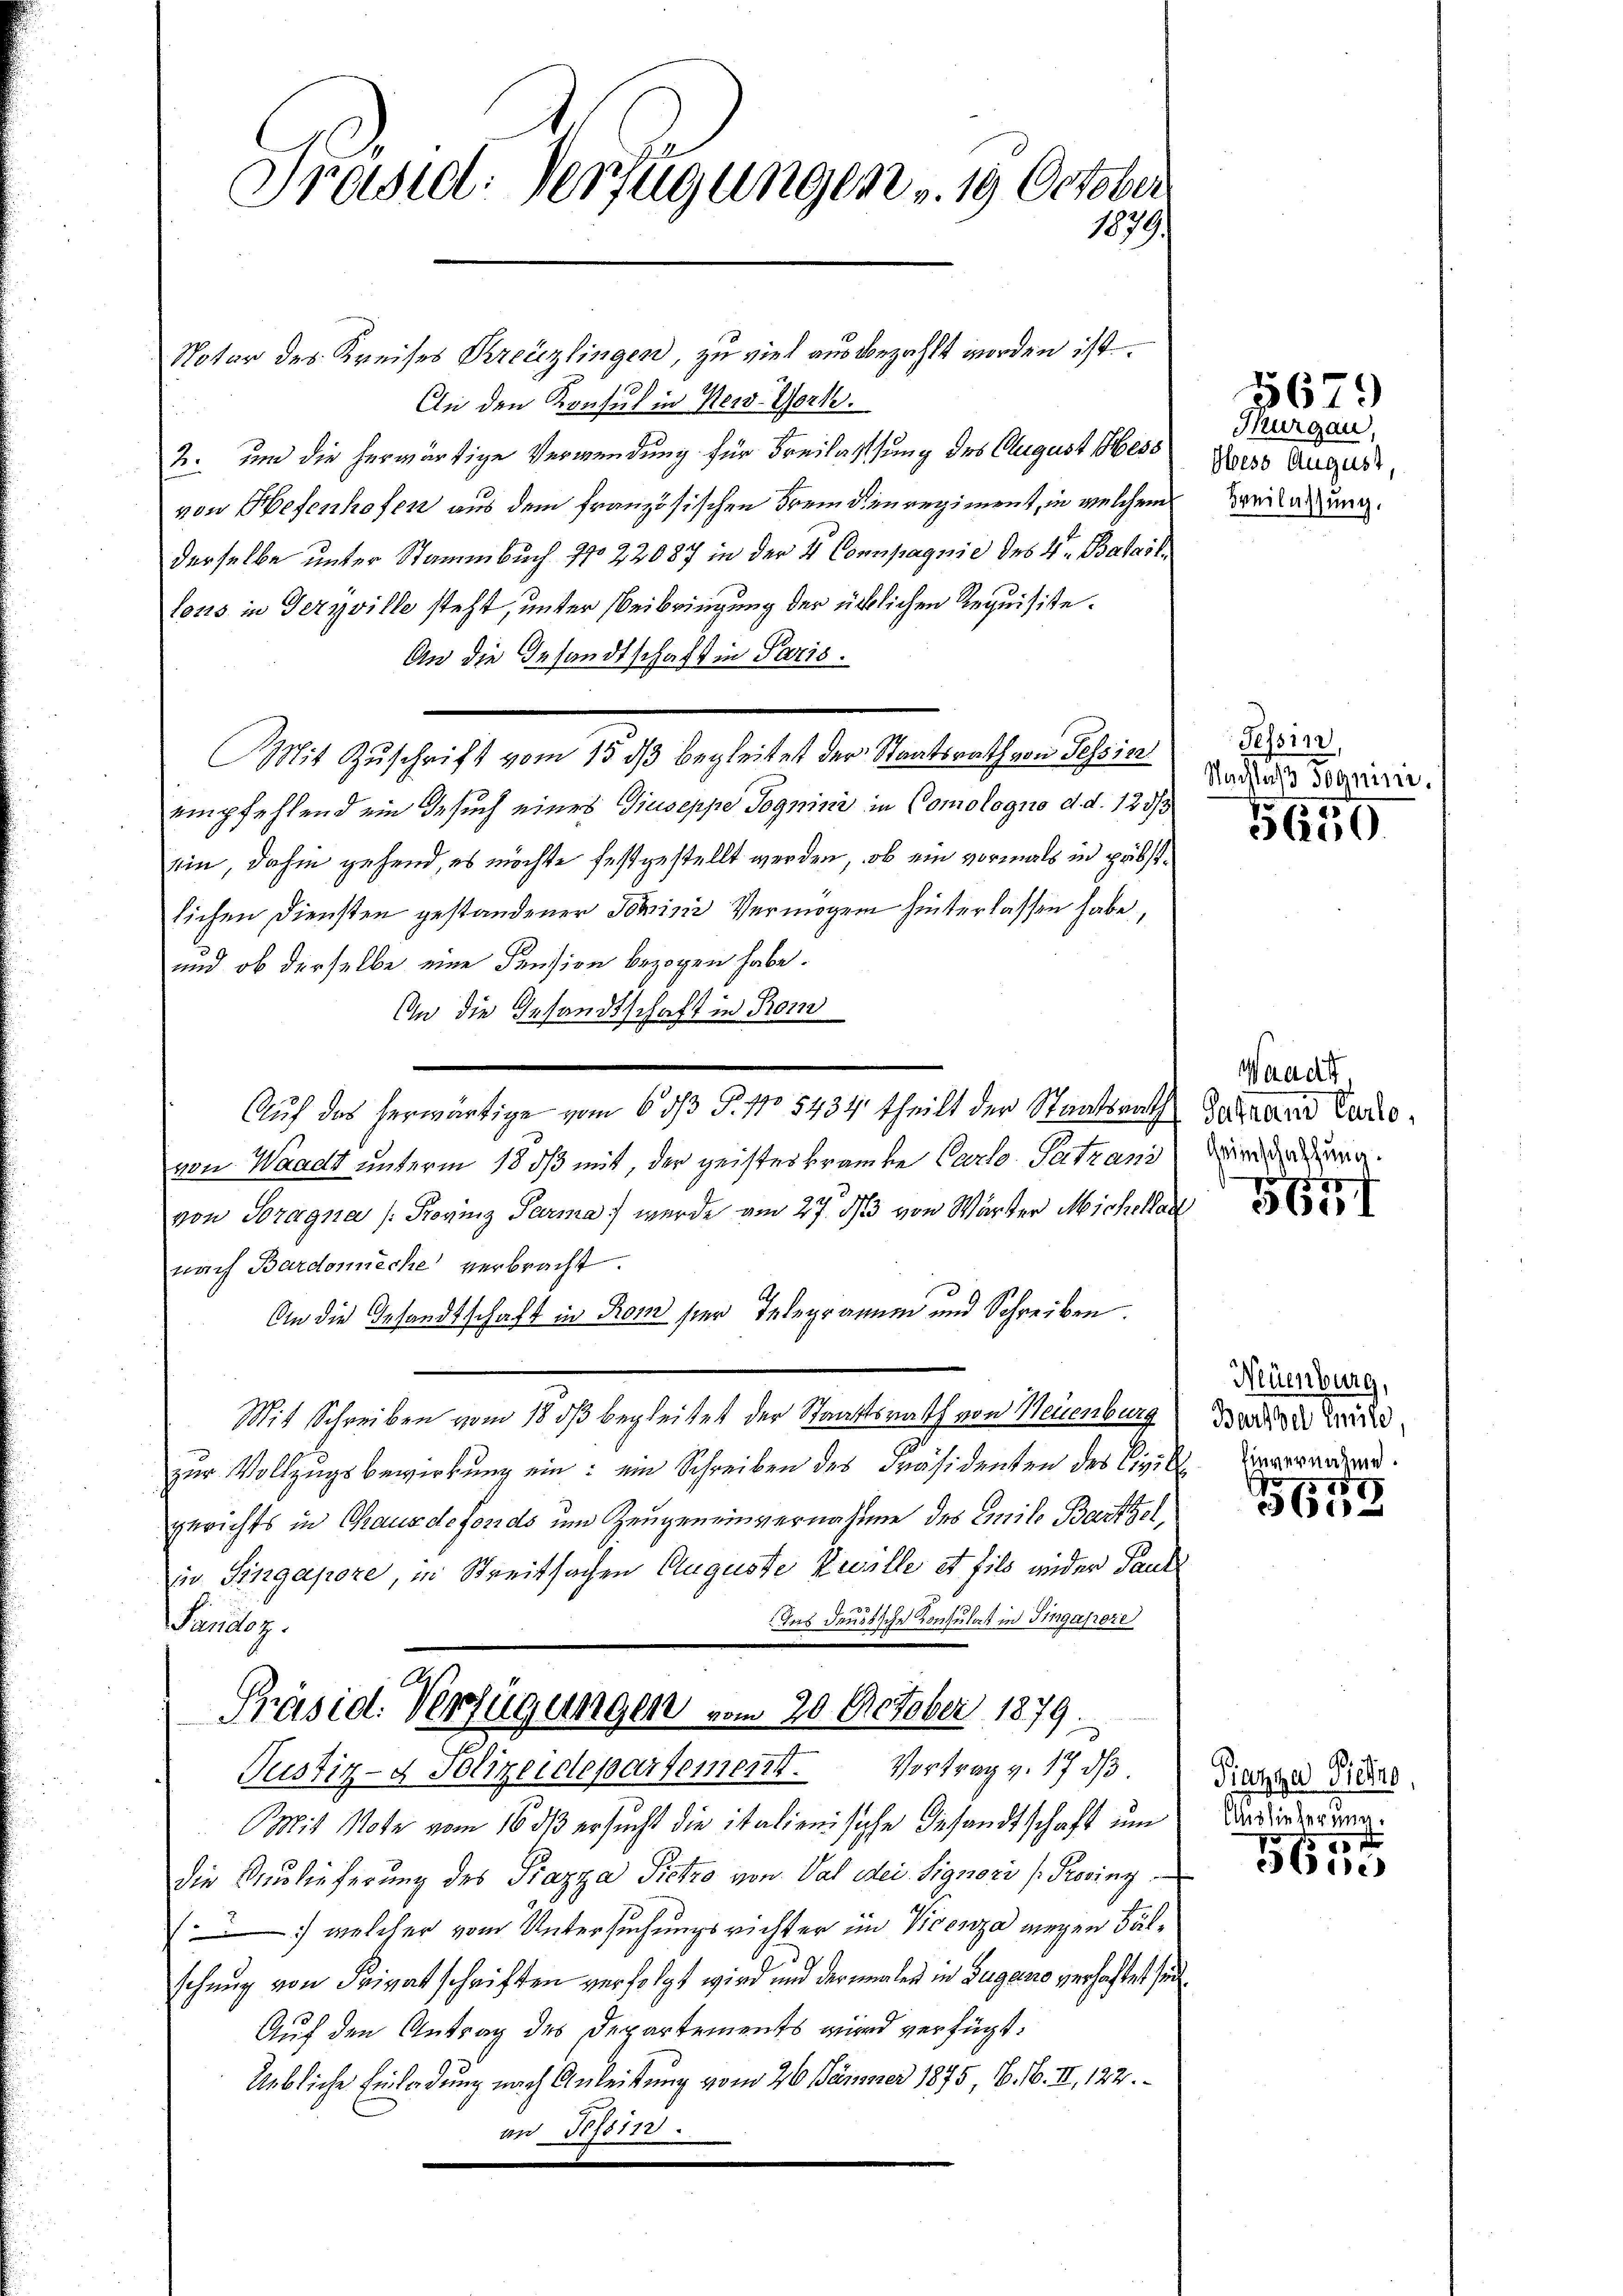
Notar des Kreises Kreuzlingen, zu viel aus bezahlt worden ist.
An den Konsul in Ness. Worte.
2. um die herwärtige Verwendung für Freilassung des August Mess
von Hefenhofen aus dem französischen Fremden regiment, in welchem
derselbe unter Stammbuch No 22087 in der 4 Compagnie des 4. Bataillons in Terzville steht, unter Beibringung der üblichen Requisite.
An die Gesandtschaft in Paris.
empfehlend ein Gesuch eines Giuseppe Sognini in Comologno d. d. 123/3
ein, dahin gehend, es möchte festgestellt werden, ob ein vormals in päbst.
lichen Diensten gestandener Tomini Vermögen hinterlassen habe,
und ob derselbe eine Pension bezogen habe.
An die Gesandtschaft in Rom
Auf das herwärtige vom 6. ds P. No 5434 theilt der Staatsrath
von Waadt unterm 18. dβ mit, der geisteskranke Carlo Patzani
von Soragna (Provinz Parma) werde am 27. 3/3 von Wärter Michellar
nach Bardonnecke verbracht.
An die Gesandtschaft in Rom hier Telegramm und Schreiben.
Mit Schreiben vom 18. dβ begleitet der Staatsrath von Neuenburg
zur Vollzugsbewirkung ein: ein Schreiben des Präsidenten des Civil
gerichts in Chausdefonds um Zeugeneinvernahme des Emile Bartolin Singapoze, in Streitsachen Auguste Zwille et fils wider Paur
Aus deusische Konsulat in Ingaproze
roz.
Präsid. Verfügungen vom 20. October 1879.
Pustiz- & Polizeidepartement. Vortrag v. 17 d
Mit Note vom 16. ds ersucht die italienische Gesandtschaft um
die Auslieferung des Piazza Pietzo von Val dei Signori /Provinz
) welcher vom Untersuchungsrichter im Vicenza wegen Fälschung von Frivatschriften verfolgt wird und der inales in Zugano verhaftet se
Auf den Antrag des Departements wird verfügt:
Uebliche Einladung nach Anleitung vom 26. Jänner 1875, B. H. II, 122.
an Tessin.

Präsid: Verfügungen v. 19 October
1879.

Mit Zuschrift vom 15. ds begleitet der Staatsrath von Tessin

Thurgau,
Hess August,
Breilassung.

Tessin,
Nachlaß soqnini.

5679

5650

Waadt
 Sarrand Carlo,
Heimschaffung.

Neuenburg,
Barthel Emile
Einvernahme.
.

1
5618

Piazza Siehe,
Auslieferung.

Ebne